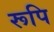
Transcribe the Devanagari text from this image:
रूपि